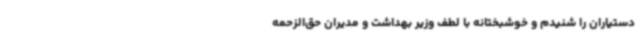
دستیاران را شنیدم و خوشبختانه با لطف وزیر بهداشت و مدیران حق‌الزحمه